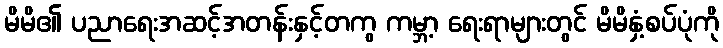
မိမိ၏ ပညာရေးအဆင့်အတန်းနှင့်တကွ ကမ္ဘာ့ ရေးရာများတွင် မိမိနှံ့စပ်ပုံကို